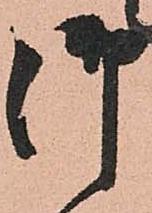
御